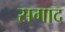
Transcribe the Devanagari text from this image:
सगाद